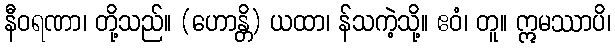
နီဝရဏာ၊ တို့သည်။ (ဟောန္တိ) ယထာ၊ န်သကဲ့သို့။ ဧဝံ၊ တူ။ ဣမဿာပိ၊